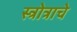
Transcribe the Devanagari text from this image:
स्त्रोत्राचे